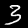
Label: 3